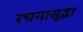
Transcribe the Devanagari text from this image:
रचनासुद्धा